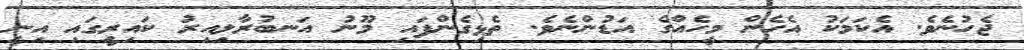
ޖެހުނެވެ. އެކަމަކު އެހެން މީހެއްގެ އަޑުންނެވެ. ތެޅިގެންފައި މޫނު އަނބުރާލިއިރު ކައިރީގައި އިނީ